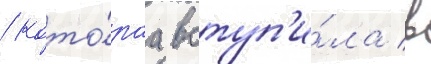
/ кото́раа вступ'и́ла в